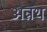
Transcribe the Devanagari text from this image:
अन्नथ